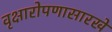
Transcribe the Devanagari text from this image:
वृक्षारोपणासारखे